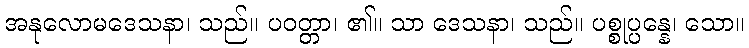
အနုလောမဒေသနာ၊ သည်။ ပဝတ္တာ၊ ၏။ သာ ဒေသနာ၊ သည်။ ပစ္စုပ္ပန္နေ၊ သော။